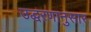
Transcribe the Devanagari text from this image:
उद्धरणानुसार